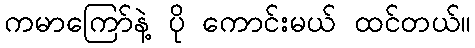
ကမာကြော်နဲ့ ပို ကောင်းမယ် ထင်တယ်။